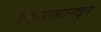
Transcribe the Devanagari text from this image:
बेन्ज़ोयलगोनाइन